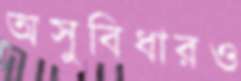
অসুবিধারও